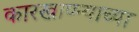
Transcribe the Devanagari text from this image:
कारखाण्न्याच्या